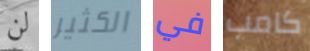
لن الكثير في كامب